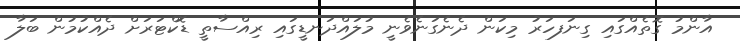
އާންމު ގޮތެއްގައި ގިނަފހަރު މިކަން ދެނެގަނެވެނީ މުލައްދަނޑީގައި ރިއްސާތީ ޑޮކްޓަރަށް ދެއްކުމުން ބަލާ